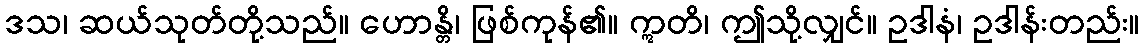
ဒသ၊ ဆယ်သုတ်တို့သည်။ ဟောန္တိ၊ ဖြစ်ကုန်၏။ ဣတိ၊ ဤသို့လျှင်။ ဥဒါနံ၊ ဥဒါန်းတည်း။